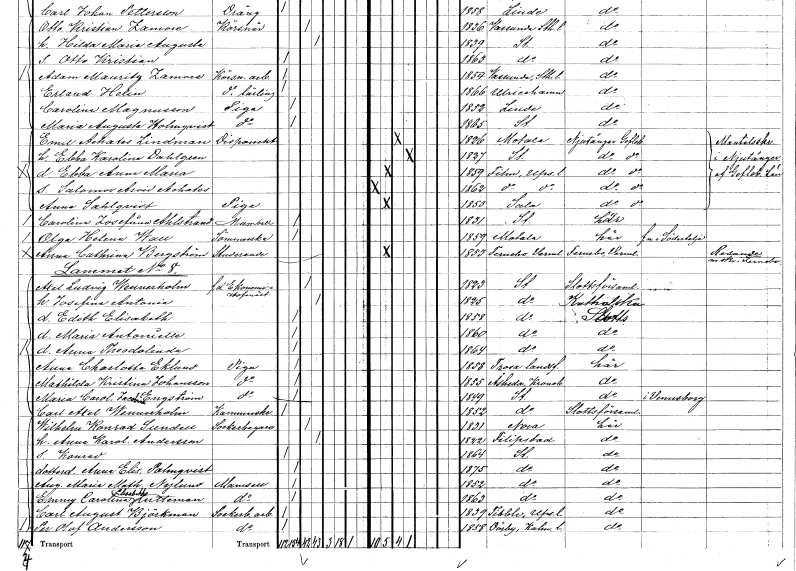
gt_parse: households: individuals: FN: Anna
EN: Sahlqvist
YRKE: Piga
KON: K
CIV: O
FODAR: 1853
FODFORS: Sala Västmanlands län
FN: Carolina Josefina
EN: Ahlstrand
KON: K
CIV: O
FODAR: 1831
FODFORS: Stockholm
FN: Olga Helena
EN: Wall
YRKE: Sömmerska
KON: K
CIV: O
FODAR: 1859
FODFORS: Motala Östergötlands län
FN: Anna Cathrina
EN: Bergström
YRKE: Studerande
KON: K
CIV: O
FODAR: 1853
FODFORS: Färnebo Värmlands län
FN: Axel Ludvig
EN: Wennerholm
YRKE: Ekonomihovmästare f.d.
KON: M
CIV: G
FODAR: 1823
FODFORS: Stockholm
FN: Josefina Antonia
KON: K
CIV: G
FODAR: 1825
FODFORS: Stockholm
FN: Edith Elisabeth
KON: K
CIV: O
FODAR: 1858
FODFORS: Stockholm
FN: Maria Antoniette
KON: K
CIV: O
FODAR: 1860
FODFORS: Stockholm
FN: Anna Theodolinda
KON: K
CIV: O
FODAR: 1864
FODFORS: Stockholm
FN: Anna Charlotta
EN: Eklund
YRKE: Piga
KON: K
CIV: O
FODAR: 1858
FODFORS: Trosa landsförsamling Södermanlands län
FN: Mathilda Kristina
EN: Johansson
YRKE: Piga
KON: K
CIV: O
FODAR: 1855
FODFORS: Åseda Kronobergs län
FN: Maria Carolina Jacobina
EN: Engström
YRKE: Piga
KON: K
CIV: O
FODAR: 1849
FODFORS: Stockholm
FN: Carl Axel
EN: Wennerholm
YRKE: Kammarskrivare
KON: M
CIV: O
FODAR: 1852
FODFORS: Stockholm
FN: Wilhelm Konrad
EN: Sundell
YRKE: Sockerbagare
KON: M
CIV: G
FODAR: 1831
FN: Anna Karolina
EN: Andersson
KON: K
CIV: G
FODAR: 1822
FODFORS: Filipstad Värmlands län
FN: Konrad
KON: M
CIV: O
FODAR: 1864
FODFORS: Stockholm
FN: Anna Elisabet
EN: Palmqvist
KON: K
CIV: O
FODAR: 1875
FODFORS: Stockholm
FN: Augusta Maria Mathilda
EN: Nylund
KON: K
CIV: O
FODAR: 1852
FODFORS: Stockholm
FN: Emmy Carolina Elisabeth
EN: Lutteman
KON: K
CIV: O
FODAR: 1863
FODFORS: Stockholm
FN: Carl August
EN: Björkman
YRKE: Sockerbageriarbetare
KON: M
CIV: O
FODAR: 1839
FODFORS: Tibble Uppsala län
FN: Per Olof
EN: Andersson
YRKE: Sockerbageriarbetare
KON: M
CIV: O
FODAR: 1858
FODFORS: Dörby Kalmar län